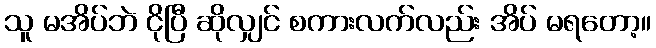
သူ မအိပ်ဘဲ ငိုပြီ ဆိုလျှင် စကားလက်လည်း အိပ် မရတော့။